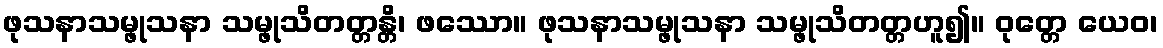
ဖုသနာသမ္ဖုသနာ သမ္ဖုသိတတ္တန္တိ၊ ဖဿော။ ဖုသနာသမ္ဖုသနာ သမ္ဖုသိတတ္တဟူ၍။ ဝုတ္တေ ယေဝ၊